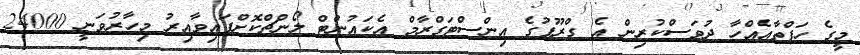
މީގެ ހަފްތާއެއްހާ ދުވަސްކުރިން އެ ގްރޫޕުގެ އިންސްޓަގްރާމް އެކައުންޓް ލޯންޗްކޮށްފައިވާއިރު މިހާރުވަނީ 24000